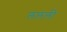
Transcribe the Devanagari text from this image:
ललली